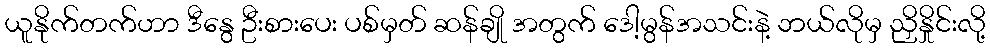
ယူနိုက်တက်ဟာ ဒီနွေ ဦးစားပေး ပစ်မှတ် ဆန်ချို အတွက် ဒေါ့မွန်အသင်းနဲ့ ဘယ်လိုမှ ညှိနှိုင်းလို့